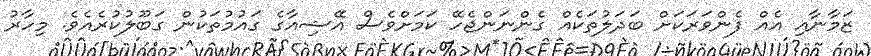
ޒަމާނާއި އެއް ފެންވަރަކަށް ބަދަލުތަކެއް ގެންނަންޖެހޭ ކަމަށްވެސް އޭޝިއާގެ ގައުމުތަކުން ގަބޫލުކުރެއެވެ. މިހާރު